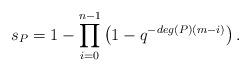
LaTeX: \begin{align*} s_{P}=1-\prod\limits_{i=0}^{n-1}\left(1-q^{-deg(P)(m-i)}\right). \end{align*}